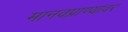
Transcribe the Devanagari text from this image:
मानवप्राण्यावर